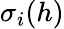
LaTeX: \sigma_{i}(h)